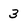
Character: 3